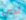
لدي